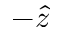
- \hat { z }